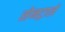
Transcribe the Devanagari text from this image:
सेनट्राले